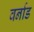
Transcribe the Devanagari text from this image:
वर्नाड